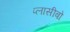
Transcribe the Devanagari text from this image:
प्लासीबो